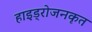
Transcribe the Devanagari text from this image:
हाइड्रोजनकृत